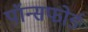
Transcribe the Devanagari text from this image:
पॉन्सफोर्ड